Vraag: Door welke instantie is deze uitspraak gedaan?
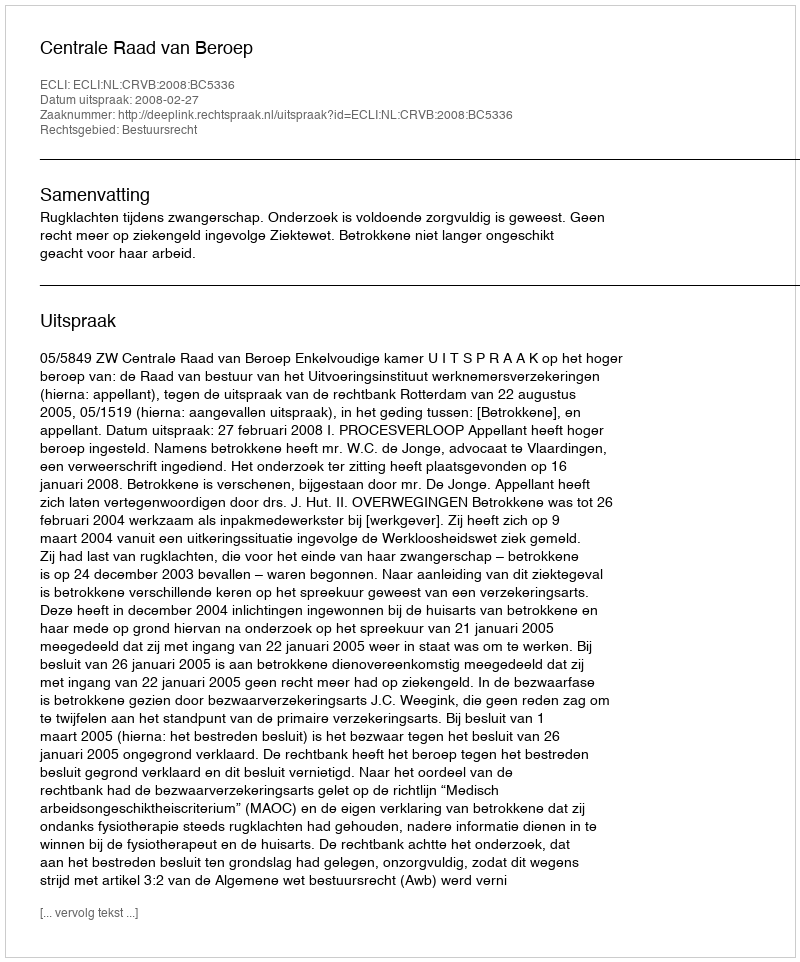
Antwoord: Centrale Raad van Beroep